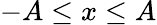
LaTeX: -A\leq x\leq A